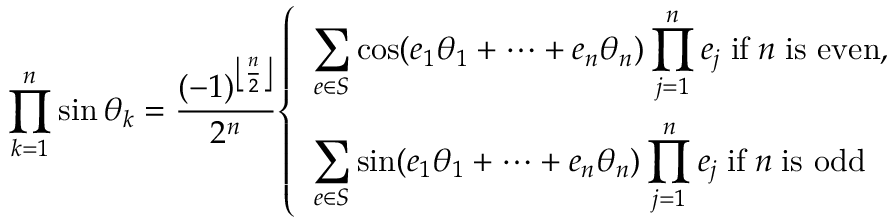
\prod _ { k = 1 } ^ { n } \sin \theta _ { k } = { \frac { ( - 1 ) ^ { \left\lfloor { \frac { n } { 2 } } \right\rfloor } } { 2 ^ { n } } } { \left\{ \begin{array} { l l } { \displaystyle \sum _ { e \in S } \cos ( e _ { 1 } \theta _ { 1 } + \cdots + e _ { n } \theta _ { n } ) \prod _ { j = 1 } ^ { n } e _ { j } \; { \mathrm { i f } } \; n \; { \mathrm { i s ~ e v e n } } , } \\ { \displaystyle \sum _ { e \in S } \sin ( e _ { 1 } \theta _ { 1 } + \cdots + e _ { n } \theta _ { n } ) \prod _ { j = 1 } ^ { n } e _ { j } \; { \mathrm { i f } } \; n \; { \mathrm { i s ~ o d d } } } \end{array} \right. }